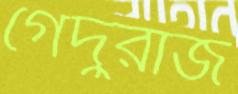
গেদুরাজ